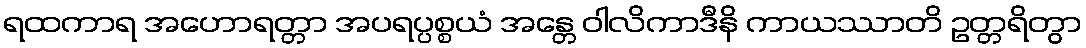
ရထကာရ အဟောရတ္တာ အပရပ္ပစ္စယံ အန္တေ ဝါလိကာဒီနိ ကာယဿာတိ ဥတ္တရိတွာ